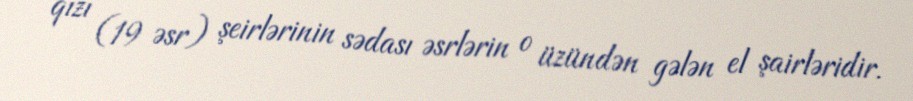
qızı (19 əsr) şeirlərinin sədası əsrlərin o üzündən gələn el şairləridir.